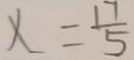
x = \frac { 1 7 } { 5 }